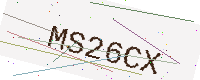
Text: MS26CX